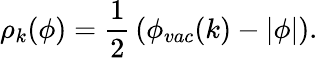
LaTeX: \rho_{k}(\phi)={\frac{1}{2}}\left(\phi_{vac}(k)-\vert\phi\vert\right).